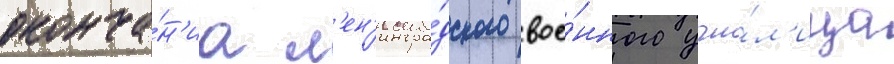
оконча́н'иа л'ен'ингра́дского вое́нного учи́л'ища